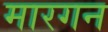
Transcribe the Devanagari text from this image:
मारगन